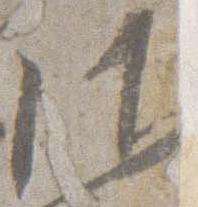
御